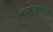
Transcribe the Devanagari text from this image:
संरक्षणक्षेत्रातली